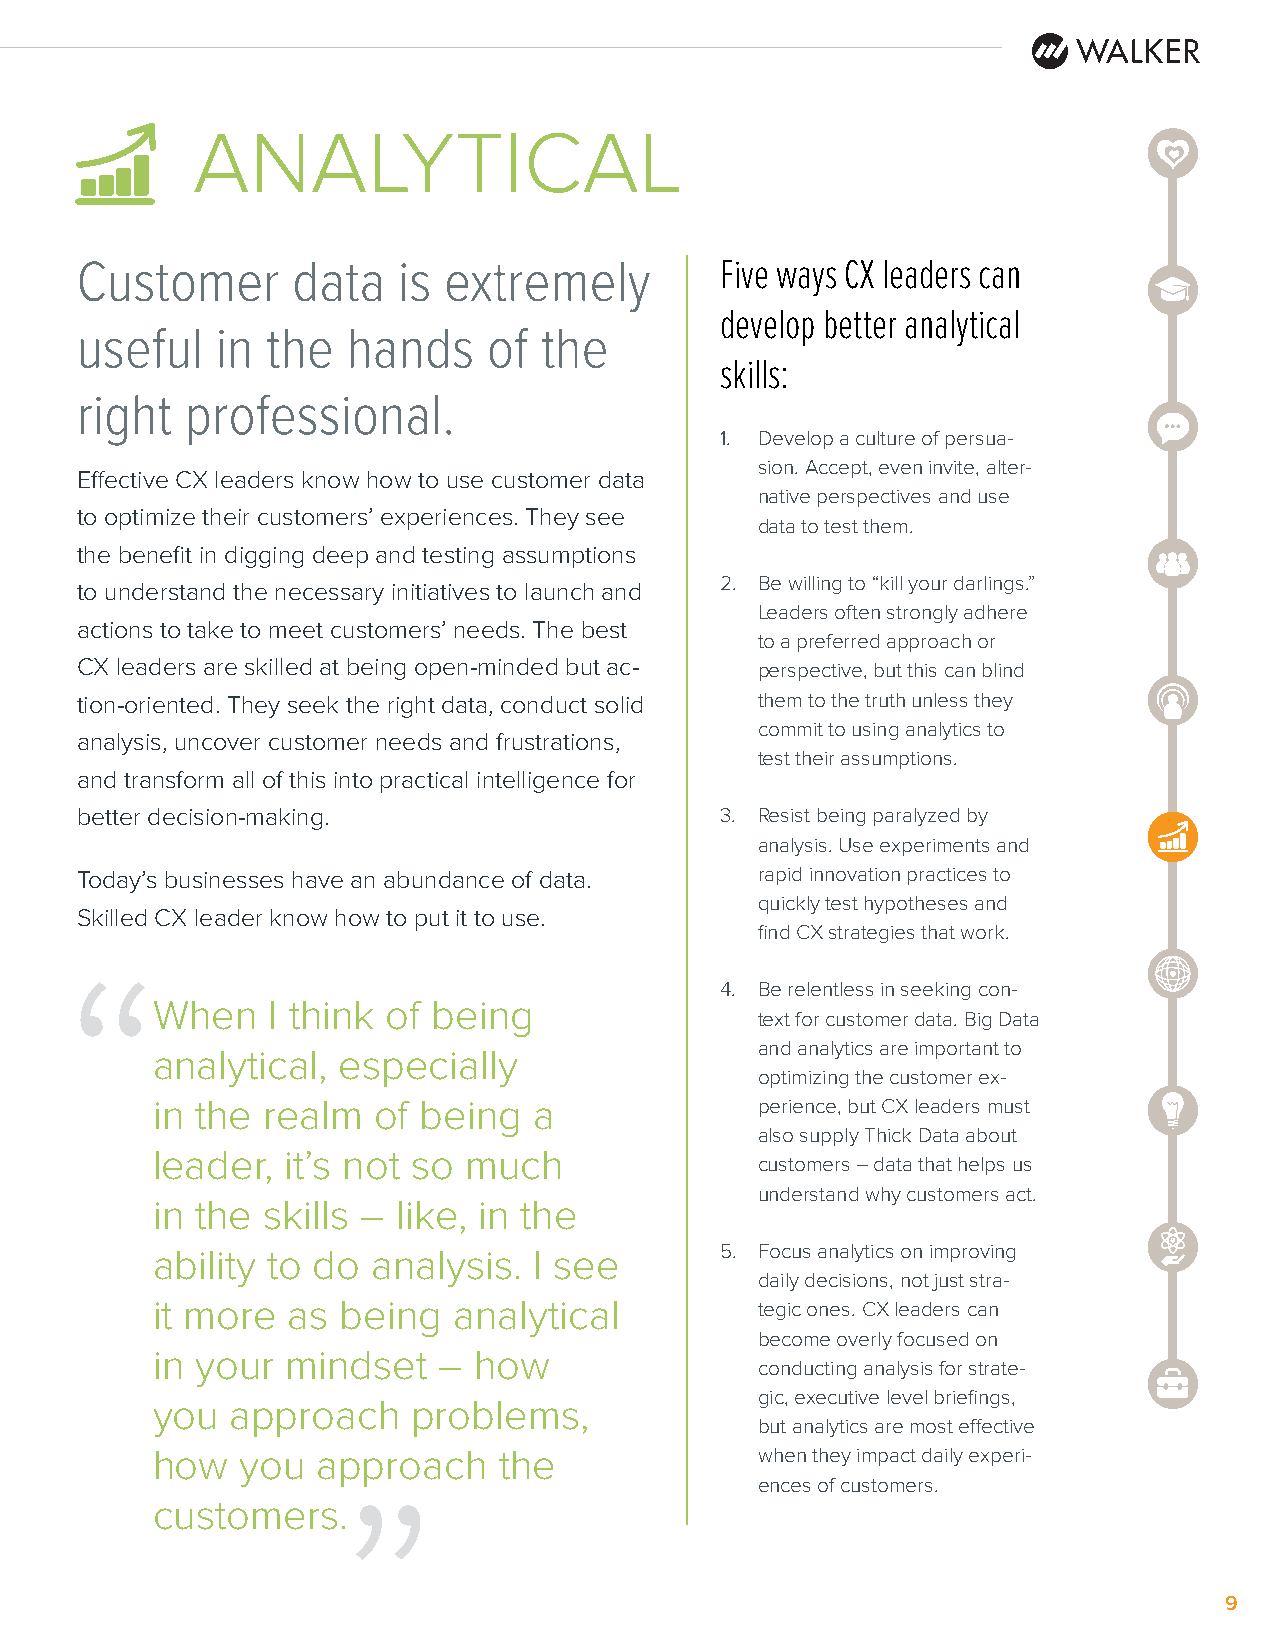
ANALYTICAL
 Customer      data   is extremely          Five ways CX leaders can
 develop better analytical
 useful   in  the  hands    of  the
 skills:
 right  professional.
 1. Develop a culture of persua-
 sion. Accept, even invite, alter-
 Effective CX leaders know how to use customer data
 native perspectives and use
 to optimize their customers’ experiences. They see
 data to test them.
 the benefit in digging deep and testing assumptions
 2. Be willing to “kill your darlings.”
 to understand the necessary initiatives to launch and
 Leaders often strongly adhere
 actions to take to meet customers’ needs. The best
 to a preferred approach or
 CX leaders are skilled at being open-minded but ac- perspective, but this can blind
 tion-oriented. They seek the right data, conduct solid them to the truth unless they
 commit to using analytics to
 analysis, uncover customer needs and frustrations,
 test their assumptions.
 and transform all of this into practical intelligence for
 better decision-making.                    3. Resist being paralyzed by
 analysis. Use experiments and
 Today’s businesses have an abundance of data. rapid innovation practices to
 quickly test hypotheses and
 Skilled CX leader know how to put it to use.
 find CX strategies that work.
 “
 4. Be relentless in seeking con-
 When    I think of being
 text for customer data. Big Data
 and analytics are important to
 analytical, especially
 optimizing the customer ex-
 in the realm   of being  a              perience, but CX leaders must
 also supply Thick Data about
 leader,  it’s not so much
 customers – data that helps us
 understand why customers act.
 in the skills – like, in the
 ability to do  analysis. I see        5. Focus analytics on improving
 “
 daily decisions, not just stra-
 it more  as  being  analytical          tegic ones. CX leaders can
 become overly focused on
 in your  mindset   – how
 conducting analysis for strate-
 gic, executive level briefings,
 you  approach    problems,
 but analytics are most effective
 how   you  approach    the              when they impact daily experi-
 ences of customers.
 customers.
 9